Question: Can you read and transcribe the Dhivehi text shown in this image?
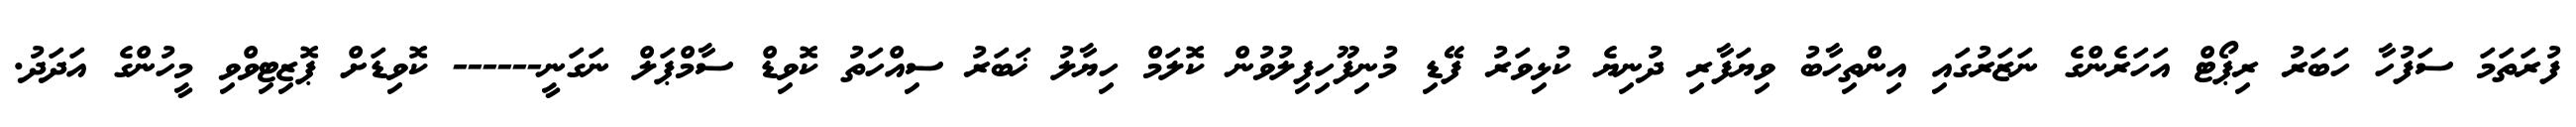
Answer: ފުރަތަމަ ސަފުހާ ހަބަރު ރިޕޯޓް އަހަރެންގެ ނަޒަރުގައި އިންތިހާބު ވިޔަފާރި ދުނިޔެ ކުޅިވަރު ފޭޑި މުނިފޫހިފިލުވުން ކޮލަމް ހިޔާލު ޚަބަރު ސިއްހަތު ކޮވިޑް ސާމްޕަލް ނަގަނީ------ ކޮވިޑަށް ޕޮޒިޓިވްވި މީހުންގެ އަދަދު.